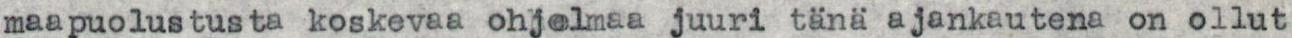
maapuolustusta koskevaa ohjelmaa juuri tänä ajankautena on ollut